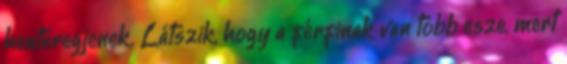
henteregjenek. Látszik, hogy a férfinak van több esze, mert